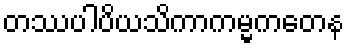
တဿပါပိယသိကာကမ္မကတေန